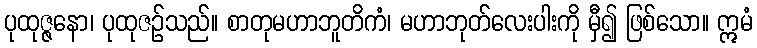
ပုထုဇ္ဇနော၊ ပုထုဇဉ်သည်။ စာတုမဟာဘူတိကံ၊ မဟာဘုတ်လေးပါးကို မှီ၍ ဖြစ်သော။ ဣမံ